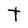
Character: T